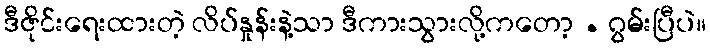
ဒီဇိုင်းရေးထားတဲ့ လိပ်နှုန်းနဲ့သာ ဒီကားသွားလို့ကတော့ . ဂွမ်းပြီပဲ။